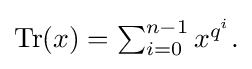
{\textstyle \operatorname {Tr} (x)=\sum _{i=0}^{n-1}x^{q^{i}}.}